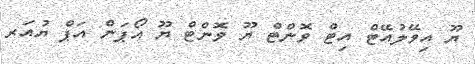
ޔޫ އިވޭލުއޭޓް އިޓް ވޮންޓް ޔޫ ވޮންޓް ޔޫ އޯޕަން އަޕް ޔުއަރ